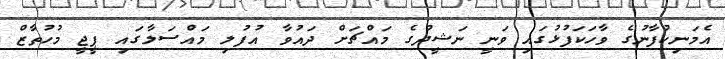
އެމަނިކުފާނުގެ ވާހަކަފުޅުގައި ވަނީ ނަޝީދުގެ މައްޗަށް ދައުވާ އުފުލި މައްސަލާގައި ޕީޖީ މުހުތާޒް